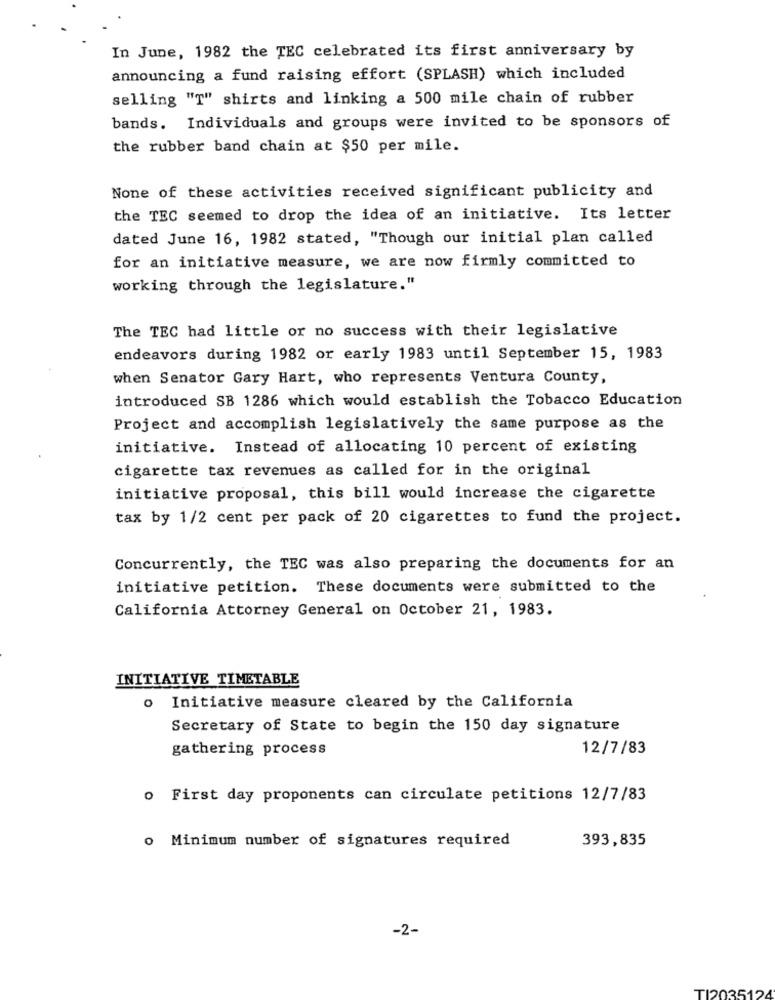
In June, 1982 the TEC celebrated its first anniversary by
announcing a fund raising effort (SPLASH) which included
selling "T" shirts and linking a 500 mile chain of rubber
bands. Individuals and groups were invited to be sponsors of
the rubber band chain at $50 per mile.
None of these activities received significant publicity and
the TEC seemed to drop the idea of an initiative. Its letter
dated June 16, 1982 stated, "Though our initial plan called
for an initiative measure, we are now firmly committed to
working through the legislature."
The TEC had little or no success with their legislative
endeavors during 1982 or early 1983 until September 15, 1983
when Senator Gary Hart, who represents Ventura County,
introduced SB 1286 which would establish the Tobacco Education
Project and accomplish legislatively the same purpose as the
initiative. Instead of allocating 10 percent of existing
cigarette tax revenues as called for in the original
initiative proposal, this bill would increase the cigarette
tax by 1/2 cent per pack of 20 cigarettes to fund the project.
Concurrently, the TEC was also preparing the documents for an
initiative petition. These documents were submitted to the
California Attorney General on October 21, 1983.
INITIATIVE TIMETABLE
o Initiative measure cleared by the California
Secretary of State to begin the 150 day signature
gathering process
12/7/83
o First day proponents can circulate petitions 12/7/83
o Minimum number of signatures required
393,835
-2-
TI2035124